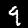
Digit: 9